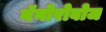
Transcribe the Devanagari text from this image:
नॅनोरोबोज